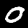
Digit: 0